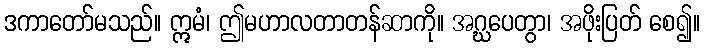
ဒကာတော်မသည်။ ဣမံ၊ ဤမဟာလတာတန်ဆာကို။ အဂ္ဃပေတွာ၊ အဖိုးပြတ် စေ၍။